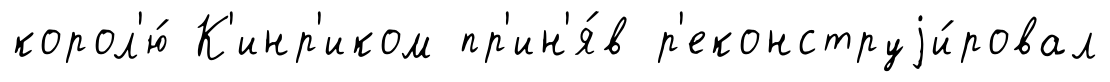
корол'ю́ К'инр'иком пр'ин'я́в р'еконструjи́ровал